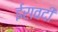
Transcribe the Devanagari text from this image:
ईरावदी